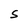
Character: S